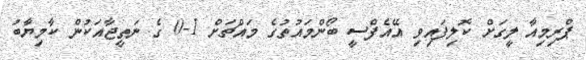
ޕްރިމިއާ ލީގަށް ކޮލިފައިވި އޭއެފްސީ ބޯންމައުތުގެ މައްޗަށް 1-0 ގެ ނަތީޖާއަކުން ކާމިޔާބު